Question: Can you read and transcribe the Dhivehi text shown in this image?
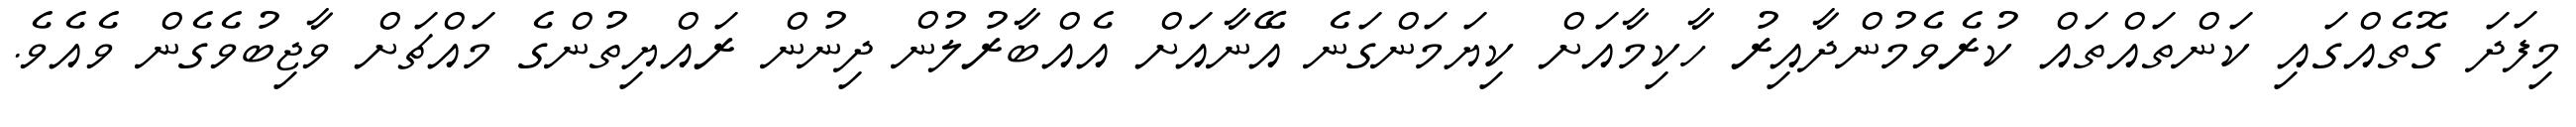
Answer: މިފަދަ ގޮތެއްގައި ކަންތައްތައް ކުރެވެމުންދާއިރު ހާކިމާއަށް ކިޔަމަންގަނެ އޭނާއަށް އެއްބާރުލުން ދިނުން ރައްޔިތުންގެ މައްޗަށް ވާޖިބުވެގެން ވެއެވެ.